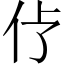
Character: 𱎢